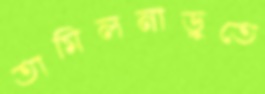
তামিলনাড়ুতে